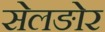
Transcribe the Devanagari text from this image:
सेलङोर